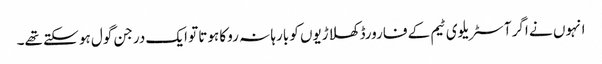
انہوں نے اگر آسٹریلوی ٹیم کے فارورڈ کھلاڑیوں کو بارہا نہ روکا ہوتا تو ایک درجن گول ہو سکتے تھے۔